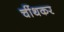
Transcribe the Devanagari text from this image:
चींथकर